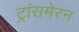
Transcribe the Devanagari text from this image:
ट्रांसमेरन